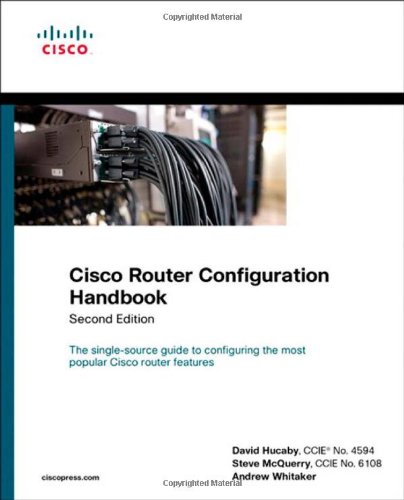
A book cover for Cisco Router Configuration Handbook (2nd Edition) (Networking Technology); David Hucaby; Computers & Technology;